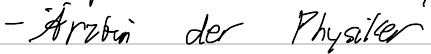
- Ärztin der Physiker